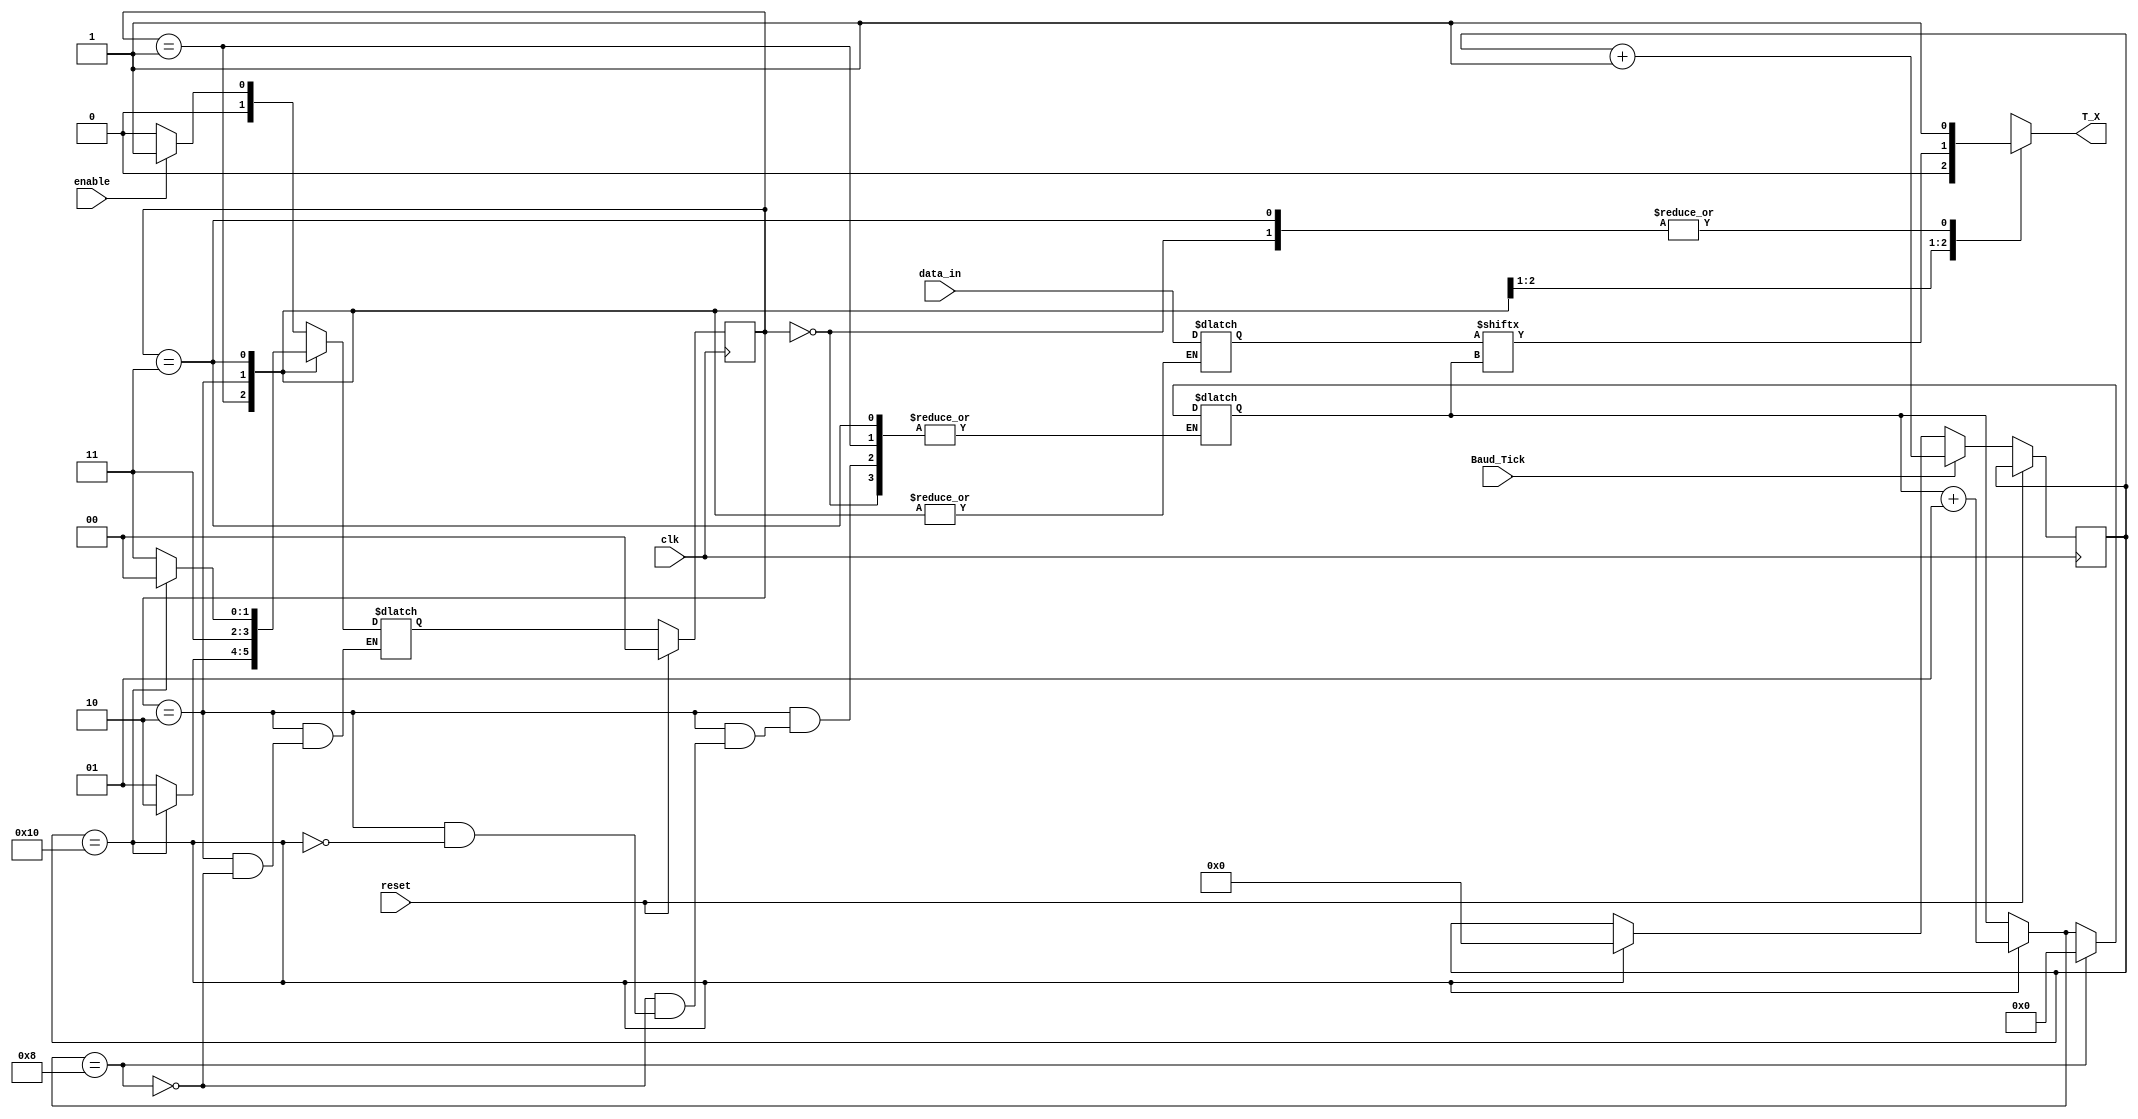
module Transmitter (
    input wire clk,                // Clock input
    input wire reset,              // Reset input 
    input wire enable,             // Enable to start operation
    input wire [7:0] data_in,      // Data to be sent
    input wire Baud_Tick,
    output reg T_X                
);

 // Register Interface
reg [1:0] c_s , n_s ;
reg [7:0] shift_reg = 0;
reg [7:0] receiver_reg = 0;
reg  [4:0] Baud_count_reg = 0;
integer i = 0;
     
    // Define States
    localparam IDLE  = 2'b00;
    localparam START = 2'b01;
    localparam DATA  = 2'b10;
    localparam STOP  = 2'b11;

// sequential block
always @(posedge clk)
begin
    if (reset) // Reset condition
    begin
    c_s <= IDLE;
    end
    else  
    begin
        c_s <= n_s;
        if (Baud_Tick)
        Baud_count_reg <= Baud_count_reg + 1'b1;
       else
      begin
      if (Baud_count_reg == 16)begin
         Baud_count_reg <= 0;
        end
        end
end
end

// combinational block
  always @(*) begin
    case(c_s)
      IDLE : begin
         n_s = enable ? START : IDLE ;
         T_X = 1'b1;
         shift_reg = data_in;
         end
      START : begin
         T_X = 1'b0;
         if (Baud_count_reg == 16)
         n_s = DATA;
         else n_s = START;
         end
      DATA : begin
         T_X = shift_reg[i];
         if (Baud_count_reg == 16)
            i = i + 1;
              if (i == 8)begin
              i = 1'b0;
              n_s = STOP ;
              end
         end
    STOP : begin
          T_X = 1'b1;
         if (Baud_count_reg == 16)
         n_s = IDLE;
         else n_s = STOP;
         end
     default : begin 
         n_s = IDLE ;
         T_X = 1'b1 ;
         end
    endcase
  end
endmodule